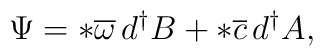
\Psi = *\overline{\omega} \, d^{\dagger}B + *\overline{c}\, d^{\dagger}A,